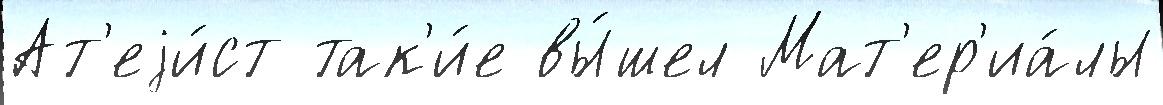
Ат'еjи́ст так'и́е вы́шел Мат'ер'иа́лы